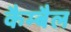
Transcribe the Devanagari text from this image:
कैम्बैल